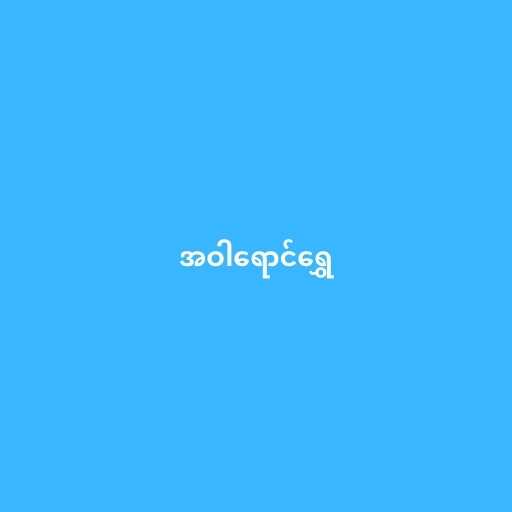
အဝါရောင်ရွှေ